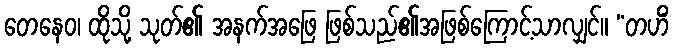
တေနေဝ၊ ထိုသို့ သုတ်၏ အနက်အဖြေ ဖြစ်သည်၏အဖြစ်ကြောင့်သာလျှင်။ “တဟိံ